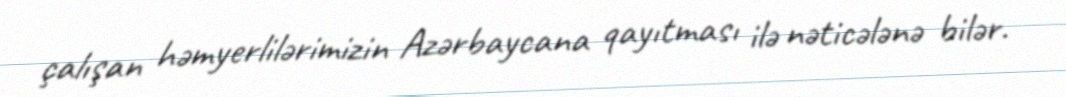
çalışan həmyerlilərimizin Azərbaycana qayıtması ilə nəticələnə bilər.